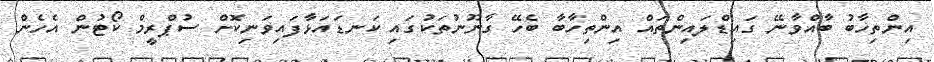
އިންތިހާބު ބާއްވާނޭ ގައިޑްލައިންތައް އިންތިހާބާ ބެހޭ ގާނޫނުތަކުގައި ކަނޑައަޅާފައިވަނިކޮށް ސުޕްރީމް ކޯޓުން އެހެން